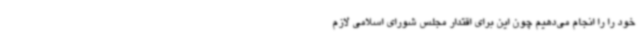
خود را را انجام می‌دهیم چون این برای اقتدار مجلس شورای اسلامی لازم